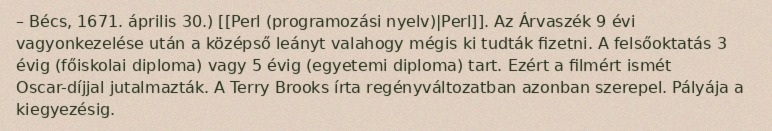
– Bécs, 1671. április 30.) [[Perl (programozási nyelv)|Perl]]. Az Árvaszék 9 évi vagyonkezelése után a középső leányt valahogy mégis ki tudták fizetni. A felsőoktatás 3 évig (főiskolai diploma) vagy 5 évig (egyetemi diploma) tart. Ezért a filmért ismét Oscar-díjjal jutalmazták. A Terry Brooks írta regényváltozatban azonban szerepel. Pályája a kiegyezésig.